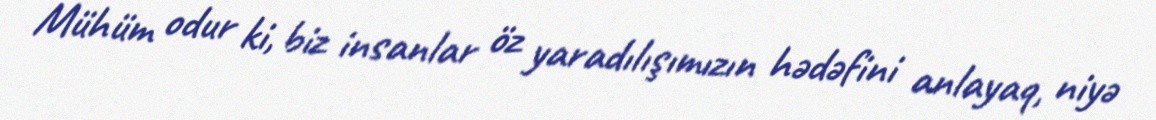
Mühüm odur ki, biz insanlar öz yaradılışımızın hədəfini anlayaq, niyə